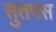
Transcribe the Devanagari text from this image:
सुतपस